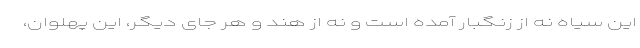
این سیاه نه از زنگبار آمده است و نه از هند و هر جای دیگر، این پهلوان،